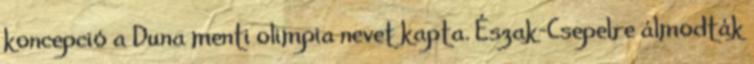
koncepció a Duna menti olimpia nevet kapta. Észak-Csepelre álmodták